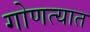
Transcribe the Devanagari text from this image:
गोणत्यात